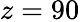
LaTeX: z=90